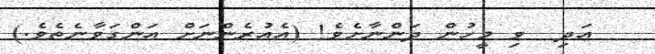
އަދި  ވި މީހުން ދަންނާށެވެ! (އެއުރެންނަށް އަންގަވާނެތެވެ.)